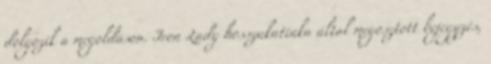
dolgozik a megoldáson. Iron Lady hosszukatinka által megosztott bejegyzés,